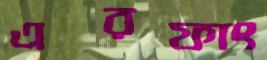
এরফাং